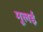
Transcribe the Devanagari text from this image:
मूलई